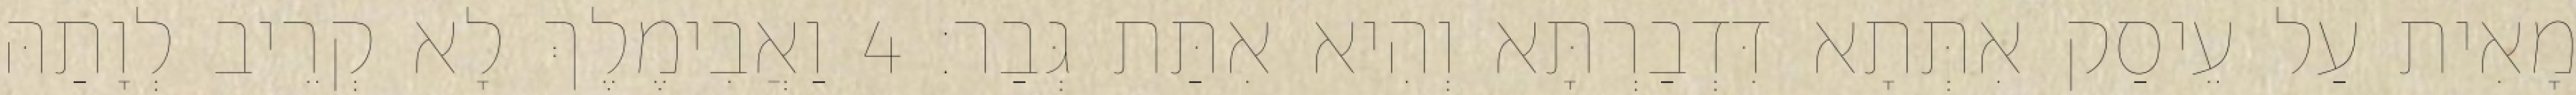
מָאִית עַל עֵיסַק אִתְּתָא דִּדְבַרְתָּא וְהִיא אִתַּת גְּבַר׃ 4 וַאֲבִימֶלֶךְ לָא קְרֵיב לְוָתַהּ